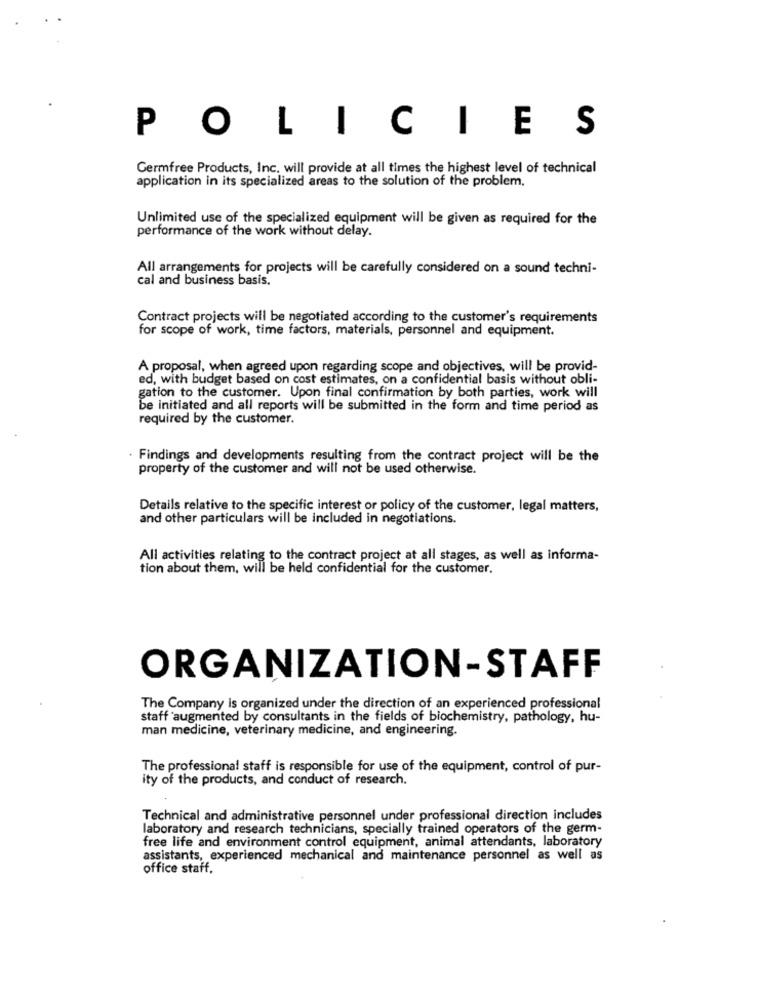
POLICIES
Germfree Products, Inc. will provide at all times the highest level of technical
application in its specialized areas to the solution of the problem.
Unlimited use of the specialized equipment will be given as required for the
performance of the work without delay.
All arrangements for projects will be carefully considered on a sound techni-
cal and business basis.
Contract projects will be negotiated according to the customer's requirements
for scope of work, time factors, materials, personnel and equipment.
A proposal, when agreed upon regarding scope and objectives, will be provid-
ed, with budget based on cost estimates, on a confidential basis without obli-
gation to the customer. Upon final confirmation by both parties, work will
be initiated and all reports will be submitted in the form and time period as
required by the customer.
Findings and developments resulting from the contract project will be the
property of the customer and will not be used otherwise.
Details relative to the specific interest or policy of the customer, legal matters,
and other particulars will be included in negotiations.
All activities relating to the contract project at all stages, as well as informa-
tion about them, will be held confidential for the customer.
ORGANIZATION-STAFF
The Company is organized under the direction of an experienced professional
staff augmented by consultants in the fields of biochemistry, pathology, hu-
man medicine, veterinary medicine, and engineering.
The professional staff is responsible for use of the equipment, control of pur-
ity of the products, and conduct of research.
Technical and administrative personnel under professional direction includes
laboratory and research technicians, specially trained operators of the germ-
free life and environment control equipment, animal attendants, laboratory
assistants, experienced mechanical and maintenance personnel as well as
office staff.